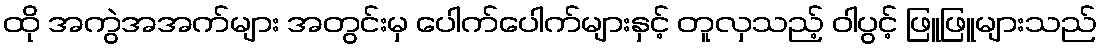
ထို အကွဲအအက်များ အတွင်းမှ ပေါက်ပေါက်များနှင့် တူလှသည့် ဝါပွင့် ဖြူဖြူများသည်